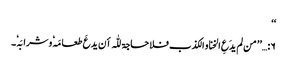
‘‘
۶:…’’ من لم یدَعِ الخنا و الکذب فلا حاجۃ للّٰہ أن یدعَ طعامَہٗ وشرابَہٗ۔